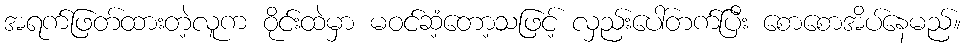
အရက်ဖြတ်ထားတဲ့လူက ဝိုင်းထဲမှာ မဝင်ဆံ့တော့သဖြင့် လှည်းပေါ်တက်ပြီး စောစောအိပ်နေမည်။